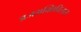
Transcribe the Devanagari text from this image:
ब्रजभक्तिविलास